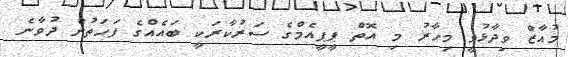
މުއާޒް ވިދާޅުވީ މިހާރު މި އޮތް ޕީޕީއެމްގެ ސަރުކާރަކީ ބައެއްގެ ފަހަތުން ދުވާނެ